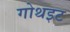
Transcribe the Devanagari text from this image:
गोथइट